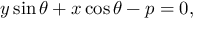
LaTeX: y \sin \theta + x \cos \theta - p = 0 ,